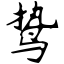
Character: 鸷